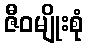
ဇီဝမျိုးစုံ